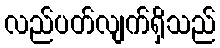
လည်ပတ်လျက်ရှိသည်